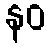
နဝ